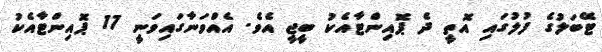
ޓޭބަލުގެ ފުލުގައި އޮތީ ދެ ޕޮއިންޓާއެކު ބީޖީ އެވެ. އެއްވަނާގައިވަނީ 17 ޕޮއިންޓާއެކު